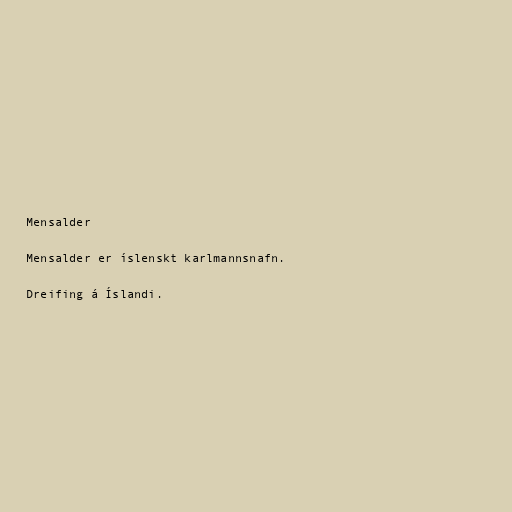
Mensalder

Mensalder er íslenskt karlmannsnafn.

Dreifing á Íslandi.